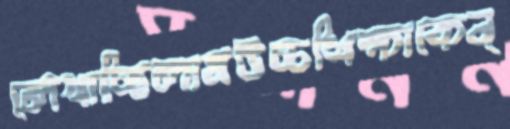
লেখাচ্ছিলামউচ্চশিক্ষাকেন্